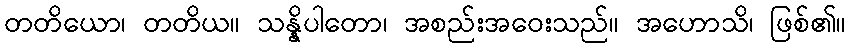
တတိယော၊ တတိယ။ သန္နိပါတော၊ အစည်းအဝေးသည်။ အဟောသိ၊ ဖြစ်၏။